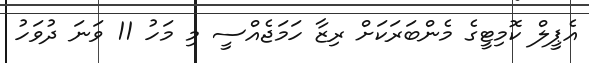
އެޕީލް ކޮމިޓީގެ މެންބަރަކަށް ރިޒާ ހަމަޖެއްސީ މި މަހު 11 ވަނަ ދުވަހު